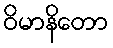
ဝိမာနိတော